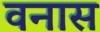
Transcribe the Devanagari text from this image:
वनास